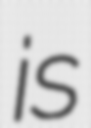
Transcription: is